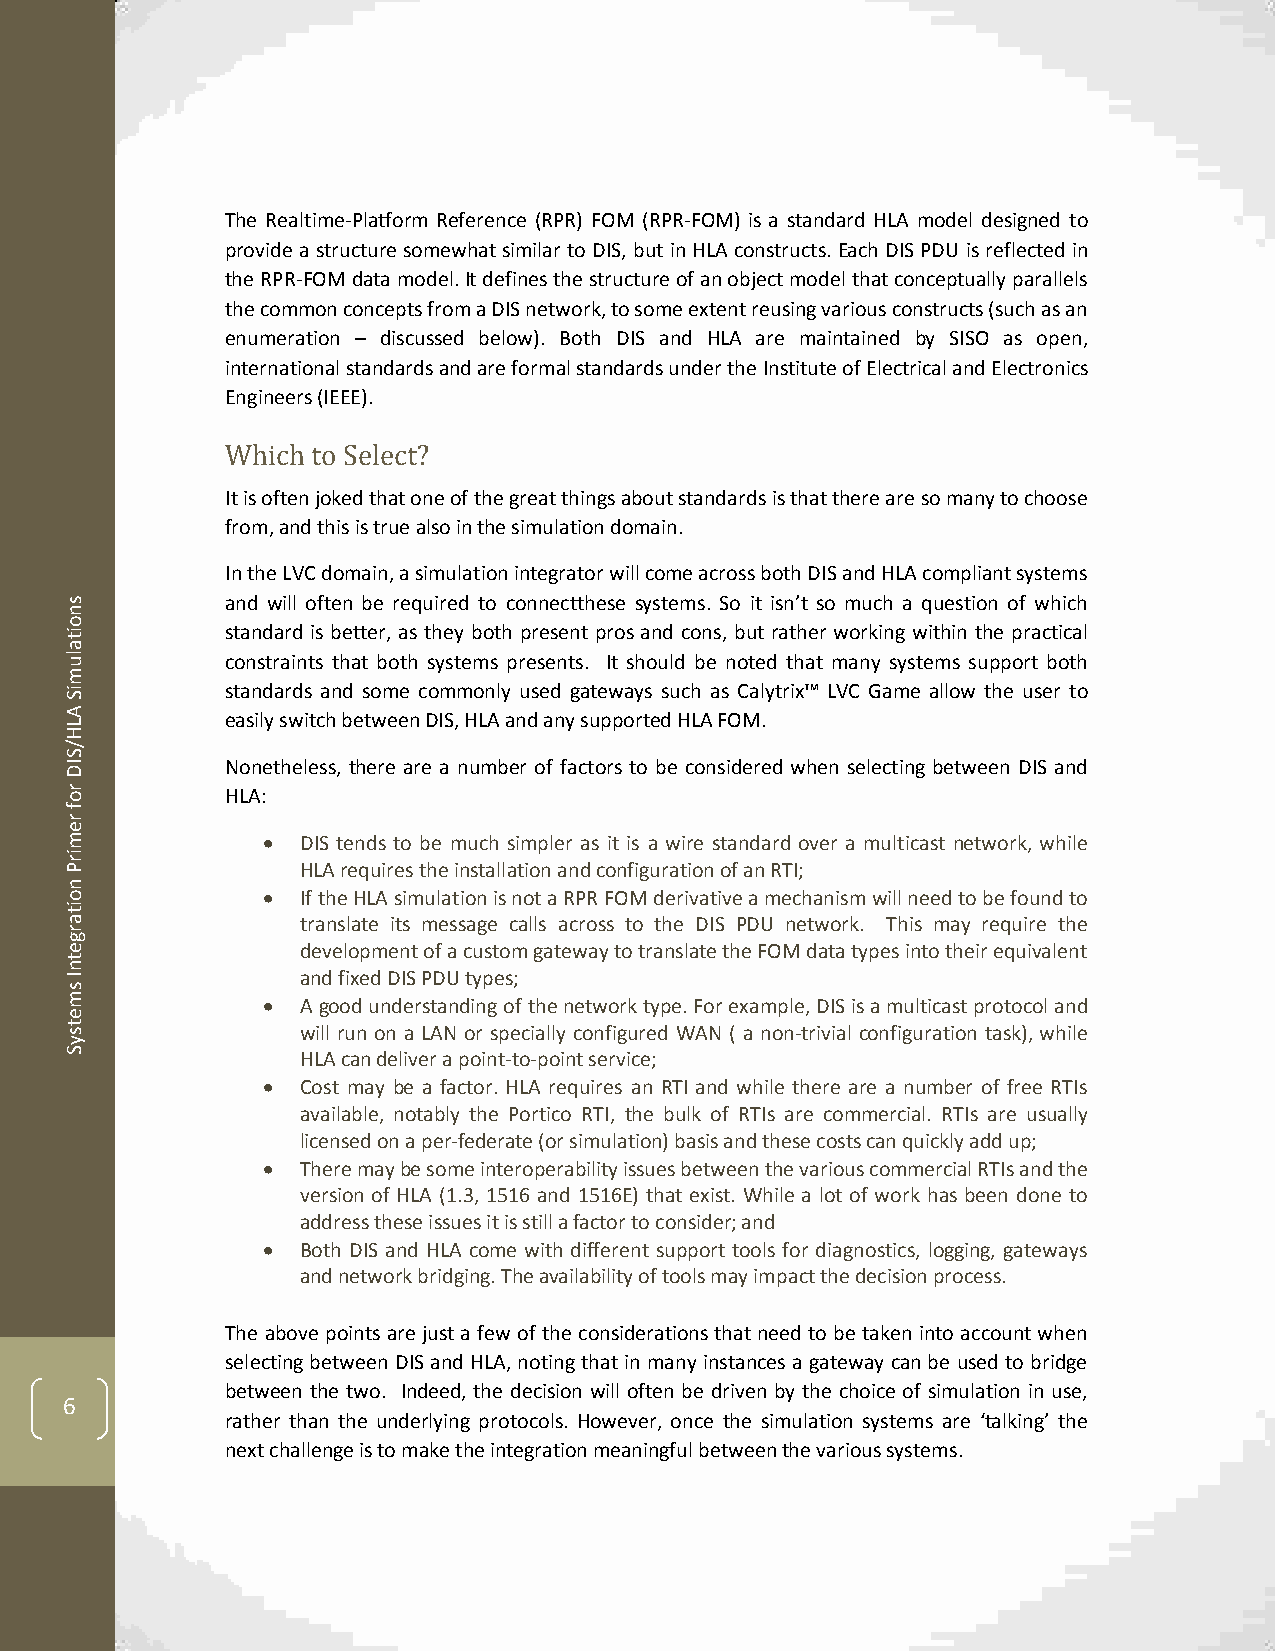
The Realtime-Platform Reference (RPR) FOM (RPR-FOM) is a standard HLA model designed to
 provide a structure somewhat similar to DIS, but in HLA constructs. Each DIS PDU is reflected in
 the RPR-FOM data model. It defines the structure of an object model that conceptually parallels
 the common concepts from a DIS network, to some extent reusing various constructs (such as an
 enumeration – discussed below). Both DIS and HLA are maintained by SISO as open,
 international standards and are formal standards under the Institute of Electrical and Electronics
 Engineers (IEEE).
 Which to Select?
 It is often joked that one of the great things about standards is that there are so many to choose
 from, and this is true also in the simulation domain.
 In the LVC domain, a simulation integrator will come across both DIS and HLA compliant systems
 s          and will often be required to connectthese systems. So it isn’t so much a question of which
 n
 o
 it         standard is better, as they both present pros and cons, but rather working within the practical
 a
 lu         constraints that both systems presents. It should be noted that many systems support both
 m
 iS         standards and some commonly used gateways such as Calytrix™ LVC Game allow the user to
 A
 L          easily switch between DIS, HLA and any supported HLA FOM.
 H
 /
 S
 ID         Nonetheless, there are a number of factors to be considered when selecting between DIS and
 r o        HLA:
 f
 r
 e
 m              DIS tends to be much simpler as it is a wire standard over a multicast network, while
 ir
 P               HLA requires the installation and configuration of an RTI;
 n
 o              If the HLA simulation is not a RPR FOM derivative a mechanism will need to be found to
 it
 a               translate its message calls across to the DIS PDU network. This may require the
 r
 g
 e               development of a custom gateway to translate the FOM data types into their equivalent
 t
 n
 I
 s
 and fixed DIS PDU types;
 m              A good understanding of the network type. For example, DIS is a multicast protocol and
 e
 t s             will run on a LAN or specially configured WAN ( a non-trivial configuration task), while
 y
 S               HLA can deliver a point-to-point service;
   Cost may be a factor. HLA requires an RTI and while there are a number of free RTIs
 available, notably the Portico RTI, the bulk of RTIs are commercial. RTIs are usually
 licensed on a per-federate (or simulation) basis and these costs can quickly add up;
   There may be some interoperability issues between the various commercial RTIs and the
 version of HLA (1.3, 1516 and 1516E) that exist. While a lot of work has been done to
 address these issues it is still a factor to consider; and
   Both DIS and HLA come with different support tools for diagnostics, logging, gateways
 and network bridging. The availability of tools may impact the decision process.
 The above points are just a few of the considerations that need to be taken into account when
 selecting between DIS and HLA, noting that in many instances a gateway can be used to bridge
 between the two. Indeed, the decision will often be driven by the choice of simulation in use,
 6
 rather than the underlying protocols. However, once the simulation systems are ‘talking’ the
 next challenge is to make the integration meaningful between the various systems.